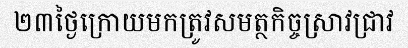
២៣ថ្ងៃក្រោយមកត្រូវសមត្ថកិច្ចស្រាវជ្រាវ